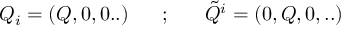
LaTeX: Q _ { i } = ( Q , 0 , 0 . . ) ~ ~ ~ ~ ~ ; ~ ~ ~ ~ ~ { \tilde { Q } } ^ { i } = ( 0 , Q , 0 , . . )